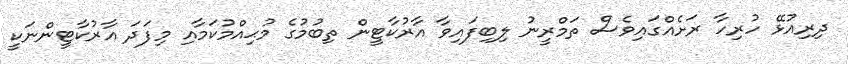
ދިރިއުޅޭ ހުރިހާ ރަށެއްގައިވެސް ތަމްރީނު ލިބިފައިވާ އާރުކާޓީން ތިބުމުގެ މުޙިއްމުކަމާއި މިފަދަ އާރުކާޓީންނަކީ